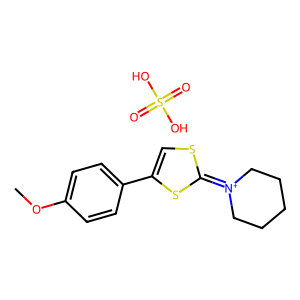
SMILES: COc1ccc(-c2csc(=[N+]3CCCCC3)s2)cc1.O=S(=O)(O)O
Inhibits HIV replication: No